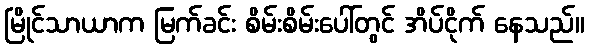
မြိုင်သာယာက မြက်ခင်း စိမ်းစိမ်းပေါ်တွင် အိပ်ငိုက် နေသည်။